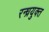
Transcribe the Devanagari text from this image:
रन्ध्रयुक्त